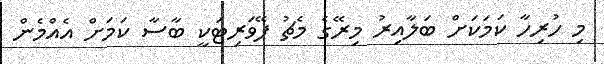
މި ހުރިހާ ކަމަކަށް ބަލާއިރު މިރޭގެ މެޗު ފޭވަރިޓަކީ ބާސާ ކަމަށް އެއްމެން